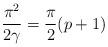
LaTeX: \begin{align*}\frac{\pi ^{2}}{2\gamma }=\frac{\pi }{2}(p+1)\protect\end{align*}